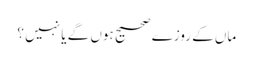
ماں کے روزے صحیح ہوں گے یا نہیں ؟